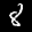
Label: 8